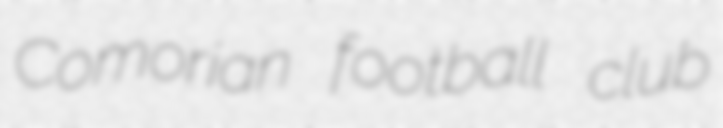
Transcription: Comorian football club